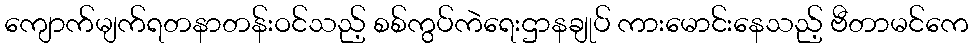
ကျောက်မျက်ရတနာတန်းဝင်သည့် စစ်ကွပ်ကဲရေးဌာနချုပ် ကားမောင်းနေသည့် ဗီတာမင်ကေ